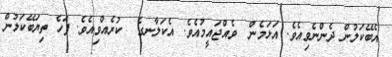
އެބޭކަލުން ދެންނެވިއެވެ. އަޅަމެން  ވެއްޖައީމުއެވެ. އެކަލާނގެ  ކުރެއްވިއެވެ. ފަހެ ތިޔަބޭކަލުން